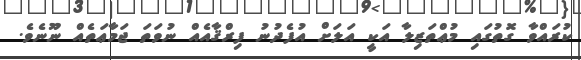
ކުރައްވާ ގޮތުގައި މުޢްތަޒިލާ އަކީ އަލަށް އުފެދުނު ފިރްޤާއެއް ނުވަތަ ޖަމާޢަތެއް ނޫނެވެ.